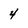
Character: 4